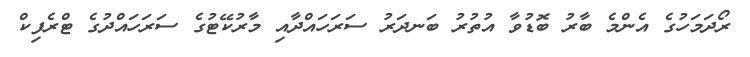
ރޯދަމަހުގެ އެންމެ ބާރު ބޮޑުވާ އުތުރު ބަނދަރު ސަރަހައްދާއި މާރުކޭޓުގެ ސަރަހައްދުގެ ޓްރެފިކް